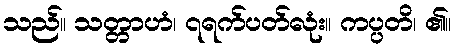
သည်။ သတ္တာဟံ၊ ၇ရက်ပတ်လုံး။ ကပ္ပတိ၊ ၏။